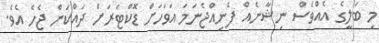
މި ބަލީގެ އެއްވެސް ނިޝާނެއް ފެނިއްޖެނަމަ އަވަހަށް ޑޮކްޓަރަށް ދައްކަން ޖެހެ އެވެ.